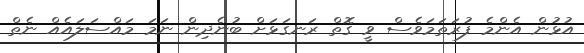
އުޅުން އެންމެ ފުރަތަމަވެސް ވީ ގޮތް ރަނގަޅަށް ބުނެދިން ނަމަ މައްސަލައެއް ނެތް